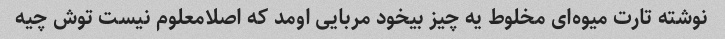
نوشته تارت میوه‌ای مخلوط یه چیز بیخود مربایی اومد که اصلامعلوم نیست توش چیه